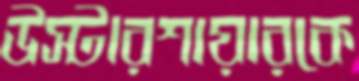
উস্টারশায়ারকে